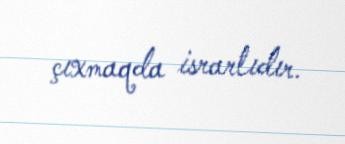
çıxmaqda israrlıdır.